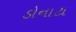
ડોનાટા